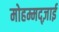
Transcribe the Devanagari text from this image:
मोहम्मद्ज़ाई